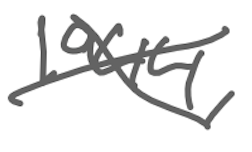
Text: 1944,
Cross-out: cross
Writing tool: digital_gray